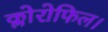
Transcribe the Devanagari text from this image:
क्लोरोफिल।